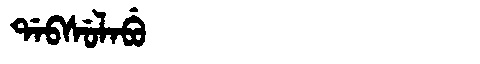
Manchu: ᡩᠠᠪᠰᡠᠯᠠᠪᡠ
Romanization: DABSULABU